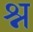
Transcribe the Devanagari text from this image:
श्न